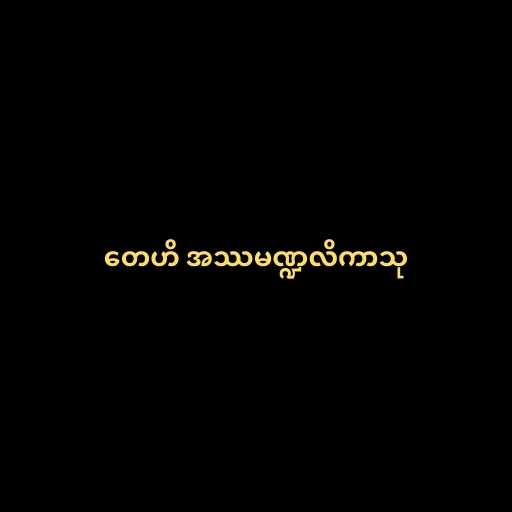
တေဟိ အဿမဏ္ဍလိကာသု